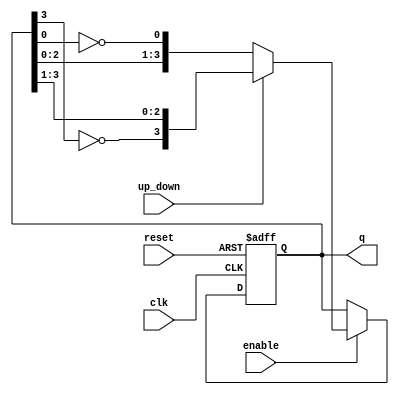
module bidirectional_johnson_counter (
    input wire clk,          // Clock signal
    input wire reset,        // Asynchronous reset
    input wire enable,       // Enable signal
    input wire up_down,      // Control signal for counting direction (1 for up, 0 for down)
    output reg [n-1:0] q     // Counter output (n-bit)
);
    parameter n = 4; // Define the number of bits in the counter

    // Internal signal to hold the next state
    reg [n-1:0] next_state;

    always @(posedge clk or posedge reset) begin
        if (reset) begin
            q <= 0; // Reset the counter to 0
        end else if (enable) begin
            q <= next_state; // Update the counter state
        end
    end

    always @(*) begin
        if (enable) begin
            if (up_down) begin
                // Counting up: Shift left and feedback inverted last bit
                next_state = {~q[n-1], q[n-1:1]};
            end else begin
                // Counting down: Shift right and feedback inverted first bit
                next_state = {q[n-2:0], ~q[0]};
            end
        end else begin
            next_state = q; // Hold the current state if not enabled
        end
    end
endmodule